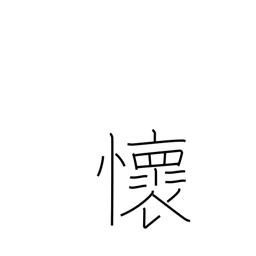
Meaning: feelings